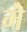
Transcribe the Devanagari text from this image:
मेॆ